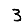
Digit: 3